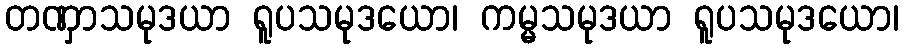
တဏှာသမုဒယာ ရူပသမုဒယော၊ ကမ္မသမုဒယာ ရူပသမုဒယော၊